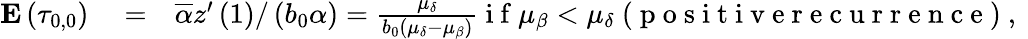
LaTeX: \begin{array}{rlr}{{\mathbf E}\left(\tau_{0,0}\right)}&{{}=}&{\overline{{\alpha}}z^{\prime}\left(1\right)/\left(b_{0}\alpha\right)=\frac{\mu_{\delta}}{b_{0}\left(\mu_{\delta}-\mu_{\beta}\right)}\mathrm{~i~f~}\mu_{\beta}<\mu_{\delta}\mathrm{~(~p~o~s~i~t~i~v~e~r~e~c~u~r~r~e~n~c~e~)~,~}}\end{array}